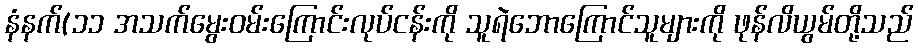
နံနက်(၁၁ အသက်မွေးဝမ်းကြောင်းလုပ်ငန်းကို သူရဲဘောကြောင်သူများကို ဖုန်လိယွမ်တို့သည်